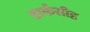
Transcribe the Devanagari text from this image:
डार्कसीड